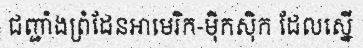
ជញ្ជាំងព្រំដែនអាមេរិក-ម៉ិកស៊ិក ដែលស្នើ